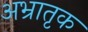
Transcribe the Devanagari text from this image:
अभ्रातृक